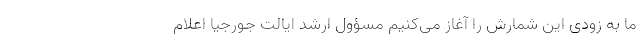
ما به زودی این شمارش را آغاز می‌کنیم مسؤول ارشد ایالت جورجیا اعلام